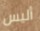
أليس